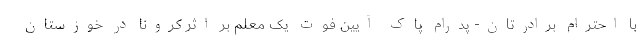
با احترام برادرتان- پدرام پاک آیین فوت یک معلم بر اثر کرونا در خوزستان